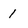
Character: 1